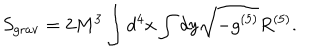
S _ { \mathrm { g r a v } } = 2 M ^ { 3 } \int d ^ { 4 } x \int d y \sqrt { - g ^ { ( 5 ) } } R ^ { ( 5 ) } .